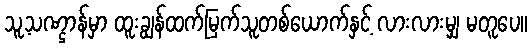
သူ့သဏ္ဌာန်မှာ ထူးချွန်ထက်မြက်သူတစ်ယောက်နှင့် လားလားမျှ မတူပေ။